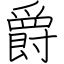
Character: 爵